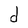
Character: d